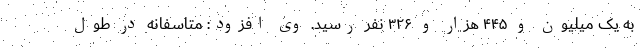
به یک میلیون و ۴۴۵ هزار و ۳۲۶ نفر رسید. وی افزود: متاسفانه در طول